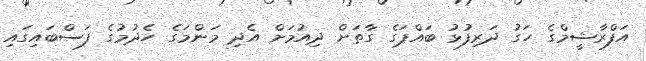
އަފްރާޝީމްގެ ހަގު ދަރިފުޅު ބައްޕަގެ ގާތަށް ދިއުމަށް އެދި މަންމަގެ ހެދުމުގެ ފަސްބައިގައި